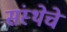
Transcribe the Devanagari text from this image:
संस्‍थेचे